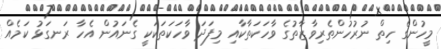
މީހުންގެ ހިތް ނުރުހުންތެރިވާޒާތުގެ ވާހަކަތާކާއި މިފަދަ ވާހަކަތަކަކީ ގެނައުން އެހާ ރަނގަޅު ކަމެއް